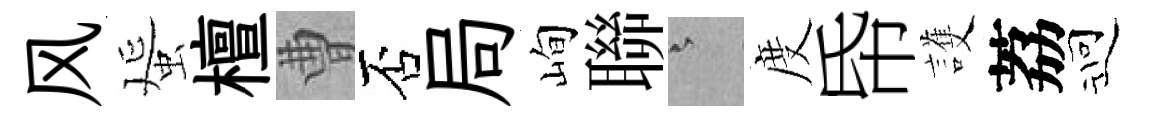
风蜑檀曹否局峋聯澹度帋護荔迎